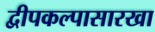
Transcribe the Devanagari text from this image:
द्वीपकल्पासारखा